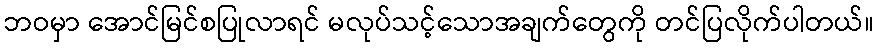
ဘဝမှာ အောင်မြင်စပြုလာရင် မလုပ်သင့်သောအချက်တွေကို တင်ပြလိုက်ပါတယ်။